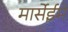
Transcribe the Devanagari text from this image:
मार्सेईमेँ